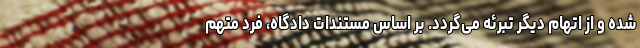
شده و از اتهام دیگر تبرئه می‌گردد. بر اساس مستندات دادگاه، فرد متهم